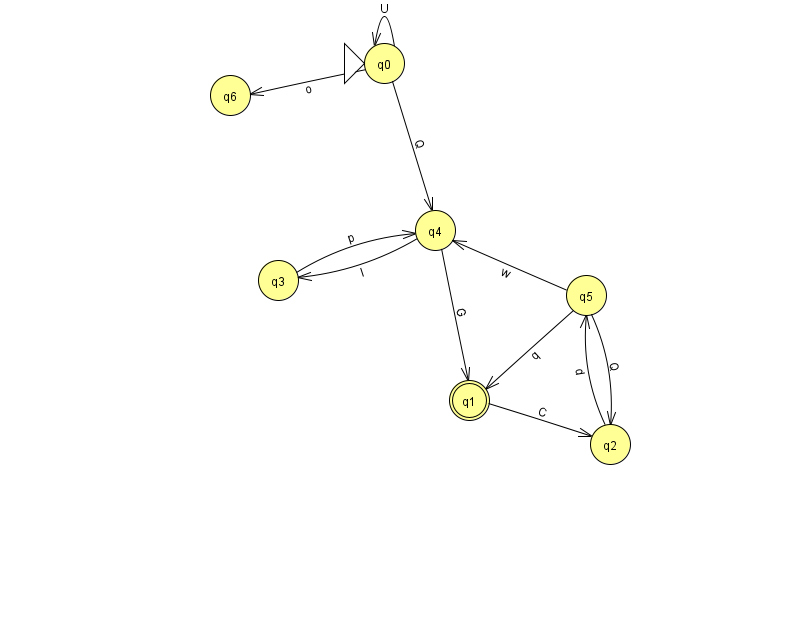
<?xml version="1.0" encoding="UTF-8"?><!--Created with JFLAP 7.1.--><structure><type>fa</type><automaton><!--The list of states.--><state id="0" name="q0"><x>384.0</x><y>50.0</y><initial/></state><state id="1" name="q1"><x>469.0</x><y>387.0</y><final/></state><state id="2" name="q2"><x>610.0</x><y>431.0</y></state><state id="3" name="q3"><x>278.0</x><y>267.0</y></state><state id="4" name="q4"><x>435.0</x><y>217.0</y></state><state id="5" name="q5"><x>586.0</x><y>282.0</y></state><state id="6" name="q6"><x>230.0</x><y>82.0</y></state><!--The list of transitions.--><transition><from>5</from><to>1</to><read>q</read></transition><transition><from>5</from><to>2</to><read>Q</read></transition><transition><from>1</from><to>2</to><read>C</read></transition><transition><from>3</from><to>4</to><read>p</read></transition><transition><from>0</from><to>0</to><read>U</read></transition><transition><from>2</from><to>5</to><read>d</read></transition><transition><from>0</from><to>4</to><read>Q</read></transition><transition><from>5</from><to>4</to><read>w</read></transition><transition><from>4</from><to>1</to><read>G</read></transition><transition><from>4</from><to>3</to><read>I</read></transition><transition><from>0</from><to>6</to><read>o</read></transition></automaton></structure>